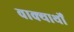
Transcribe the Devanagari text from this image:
वाक्यार्थों